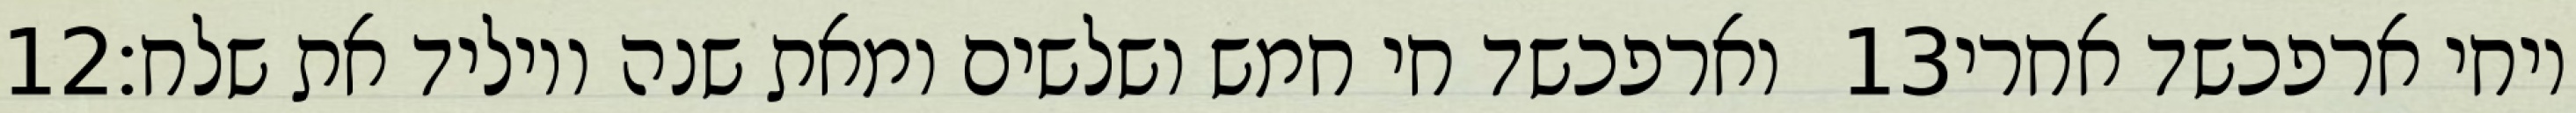
‎12‏ וארפכשד חי חמש ושלשים ומאת שנה ויוליד את שלח׃ ‎13‏ ויחי ארפכשד אחרי